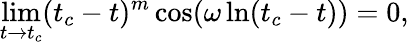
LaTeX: \operatorname*{lim}_{t\to t_{c}}(t_{c}-t)^{m}\cos(\omega\ln(t_{c}-t))=0,